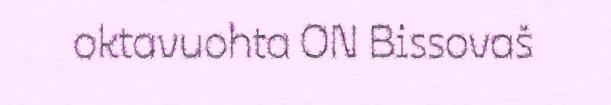
oktavuohta ON Bissovaš